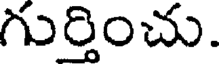
గుర్తించు.